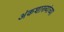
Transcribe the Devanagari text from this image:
अंकशास्त्र्यांच्या